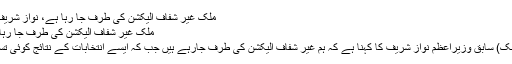
ملک غیر شفاف الیکشن کی طرف جا رہا ہے، نواز شریف | Geo Urdu
ملک غیر شفاف الیکشن کی طرف جا رہا ہے، نواز شریف
اسلام آباد (جیوڈیسک) سابق وزیراعظم نواز شریف کا کہنا ہے کہ ہم غیر شفاف الیکشن کی طرف جارہے ہیں جب کہ ایسے انتخابات کے نتائج کوئی تسلیم نہیں کرے گا۔